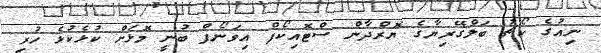
ނިއުގެ ކޯޗު ބަލްގޭރިޔާގެ ޔޮރްދާން ސްޓޮއިކޯފް އިވަނޯފް ބުނީ މޮޅަށް ކުޅެކުޅެ ހުރި